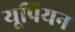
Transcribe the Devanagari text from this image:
यूपियन